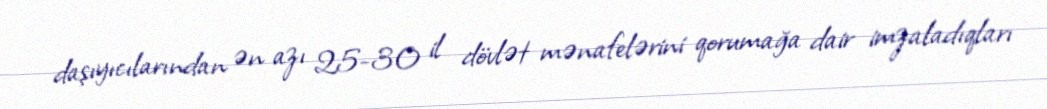
daşıyıcılarından ən azı 25-30 il dövlət mənafelərini qorumağa dair imzaladıqları